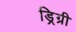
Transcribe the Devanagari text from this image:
ड्रिग्री